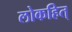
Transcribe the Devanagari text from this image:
लोकहित्